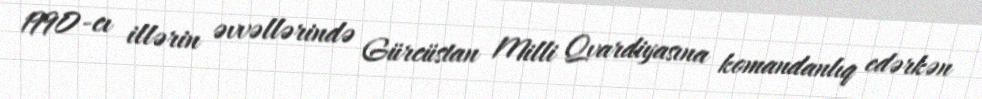
1990-cı illərin əvvəllərində Gürcüstan Milli Qvardiyasına komandanlıq edərkən